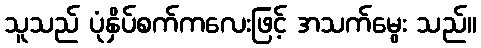
သူသည် ပုံနှိပ်စက်ကလေးဖြင့် အသက်မွေး သည်။